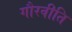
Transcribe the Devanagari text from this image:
गौरवीति